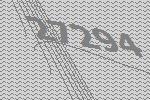
27294